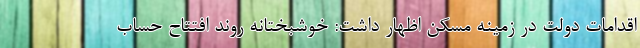
اقدامات دولت در زمینه مسکن اظهار داشت: خوشبختانه روند افتتاح حساب